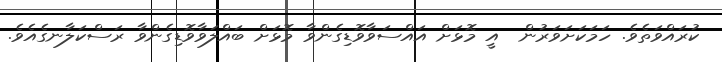
ކުރައްވަތެވެ. ހަމަކަށަވަރުން  އީ މޮޅަށް އައްސަވާވޮޑިގެންވާ މޮޅަށް ބައްލަވާވޮޑިގެންވާ ރަސްކަލާނގެއެވެ.